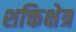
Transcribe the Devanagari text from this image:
शक्तिक्षेत्र